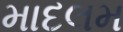
માદલમ